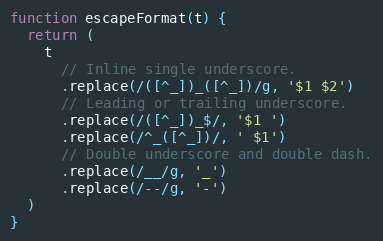
Language: JavaScript
function escapeFormat(t) {
  return (
    t
      // Inline single underscore.
      .replace(/([^_])_([^_])/g, '$1 $2')
      // Leading or trailing underscore.
      .replace(/([^_])_$/, '$1 ')
      .replace(/^_([^_])/, ' $1')
      // Double underscore and double dash.
      .replace(/__/g, '_')
      .replace(/--/g, '-')
  )
}